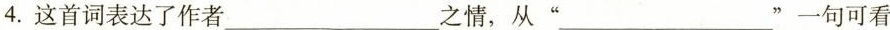
4.这首词表达了作者___之情，从”___”一句可看